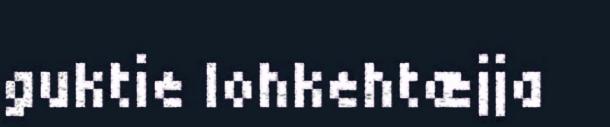
guktie lohkehtæjja